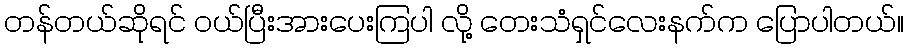
တန်တယ်ဆိုရင် ၀ယ်ပြီးအားပေးကြပါ လို့ တေးသံရှင်လေးနက်က ပြောပါတယ်။